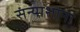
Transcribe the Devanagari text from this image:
संन्याशांना